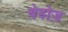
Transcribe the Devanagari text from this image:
बेडोज़